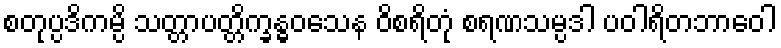
စတုပ္ပဒိကမ္ပိ သတ္တာပတ္တိက္ခန္ဓဝသေန ဝိစရိတုံ စရဏသမ္ပဒါ ပဝါရိတဘာဝေါ